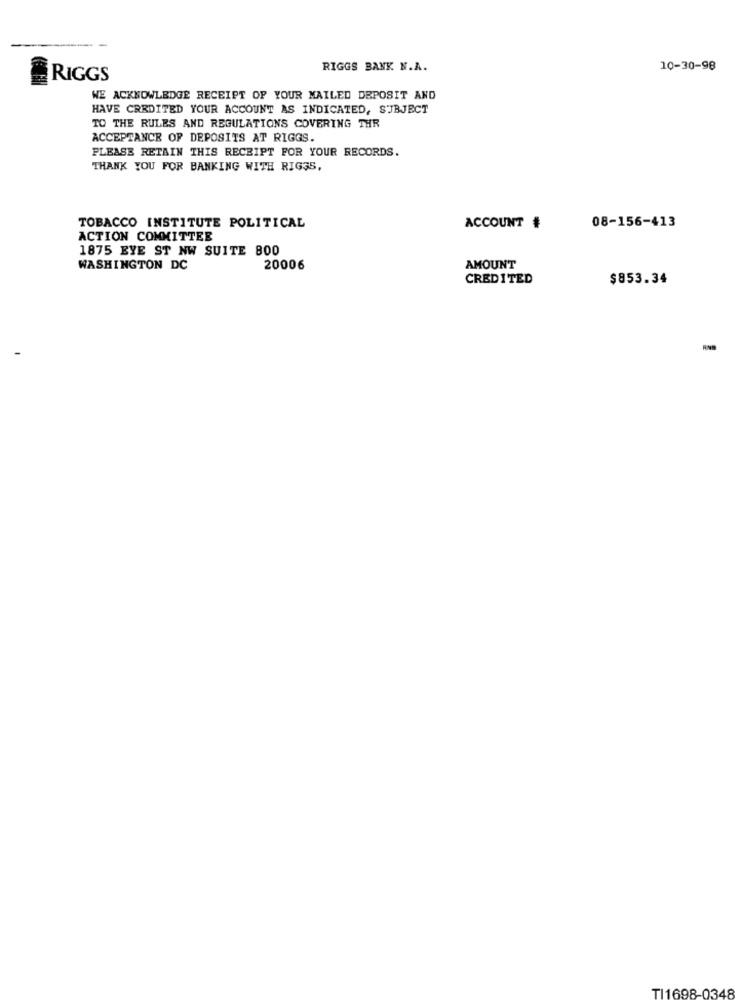
RIGGS BANK N.A.
10-30-98
RIGGS
WE ACKNOWLEDGE RECEIPT OF YOUR MAILED DEPOSIT AND
HAVE CREDITED YOUR ACCOUNT AS INDICATED, SUBJECT
TO THE RULES AND REGULATIONS COVERING THR
ACCEPTANCE OF DEPOSITS AT RIGGS.
PLEASE RETAIN THIS RECEIPT FOR YOUR RECORDS.
THANK YOU FOR BANKING WITH RIGSS,
TOBACCO INSTITUTE POLITICAL
ACCOUNT #
08-156-413
ACTION COMMITTEE
1875 EYE ST NW SUITE BOO
WASHINGTON DC
20006
AMOUNT
CREDITED
$853.34
TI1698-0348